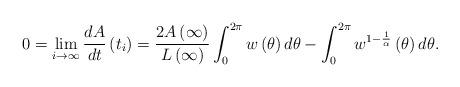
LaTeX: \begin{align*}0=\lim_{i\rightarrow\infty}\frac{dA}{dt}\left( t_{i}\right) =\frac{2A\left(\infty\right) }{L\left( \infty\right) }\int_{0}^{2\pi}w\left(\theta\right) d\theta-\int_{0}^{2\pi}w^{1-\frac{1}{\alpha}}\left(\theta\right) d\theta. \end{align*}